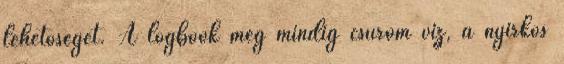
lehetőséget. A logbook még mindig csurom víz, a nyirkos